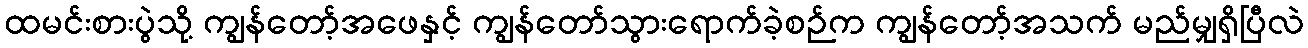
ထမင်းစားပွဲသို့ ကျွန်တော့်အဖေနှင့် ကျွန်တော်သွားရောက်ခဲ့စဉ်က ကျွန်တော့်အသက် မည်မျှရှိပြီလဲ